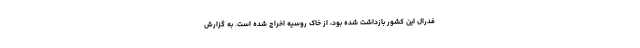
فدرال این کشور بازداشت شده بود، از خاک روسیه اخراج شده است. به گزارش